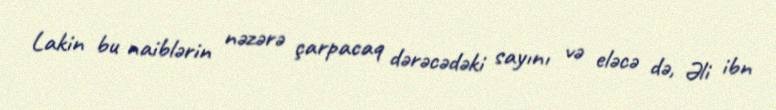
Lakin bu naiblərin nəzərə çarpacaq dərəcədəki sayını və eləcə də, Əli ibn